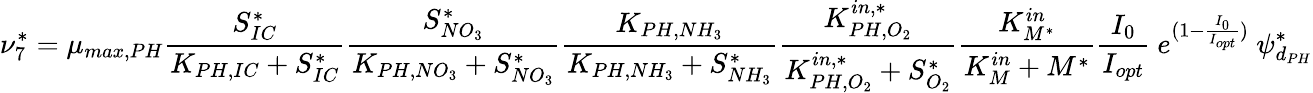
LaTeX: \nu_{7}^{*}=\mu_{max,PH}\frac{S_{IC}^{*}}{K_{PH,IC}+S_{IC}^{*}}\frac{S_{NO_{3}}^{*}}{K_{PH,NO_{3}}+S_{NO_{3}}^{*}}\frac{K_{PH,NH_{3}}}{K_{PH,NH_{3}}+S_{NH_{3}}^{*}}\frac{K_{PH,O_{2}}^{in,*}}{K_{PH,O_{2}}^{in,*}+S_{O_{2}}^{*}}\frac{K_{M^{*}}^{in}}{K_{M}^{in}+M^{*}}\frac{I_{0}}{I_{opt}}\ e^{(1-\frac{I_{0}}{I_{opt}})}\ \psi_{d_{PH}}^{*}